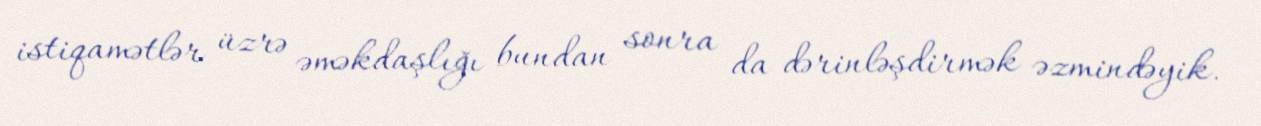
istiqamətlər üzrə əməkdaşlığı bundan sonra da dərinləşdirmək əzmindəyik.